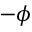
- \phi